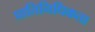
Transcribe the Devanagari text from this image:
प्रातिनिधिकता